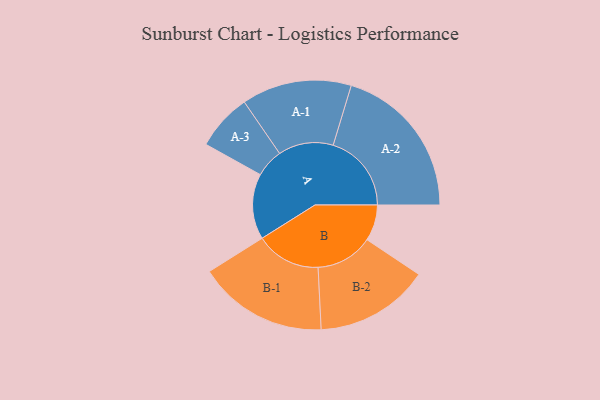
{"axis": {"x": "Segment", "y": "Value"}, "legend": ["", "A", "B"], "data": [{"x": "A", "y": 236, "type": ""}, {"x": "B", "y": 130, "type": ""}, {"x": "A-1", "y": 198, "type": "A"}, {"x": "A-2", "y": 282, "type": "A"}, {"x": "A-3", "y": 102, "type": "A"}, {"x": "B-1", "y": 234, "type": "B"}, {"x": "B-2", "y": 206, "type": "B"}]}